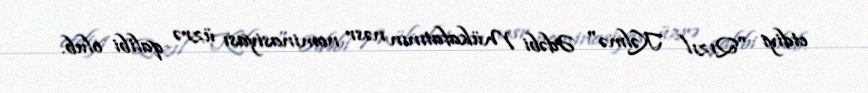
etdiyi "Qızıl Kəlmə" Ədəbi Mükafatının nəsr nominasiyası üzrə qalibi olub.